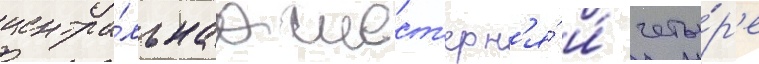
центра́льнаа шест'ерн'я́ и́ четы́р'е